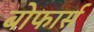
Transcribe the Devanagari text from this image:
बोफार्स